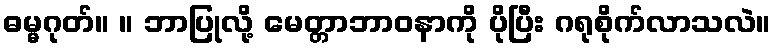
ဓမ္မဂုတ်။ ။ ဘာပြုလို့ မေတ္တာဘာဝနာကို ပိုပြီး ဂရုစိုက်လာသလဲ။